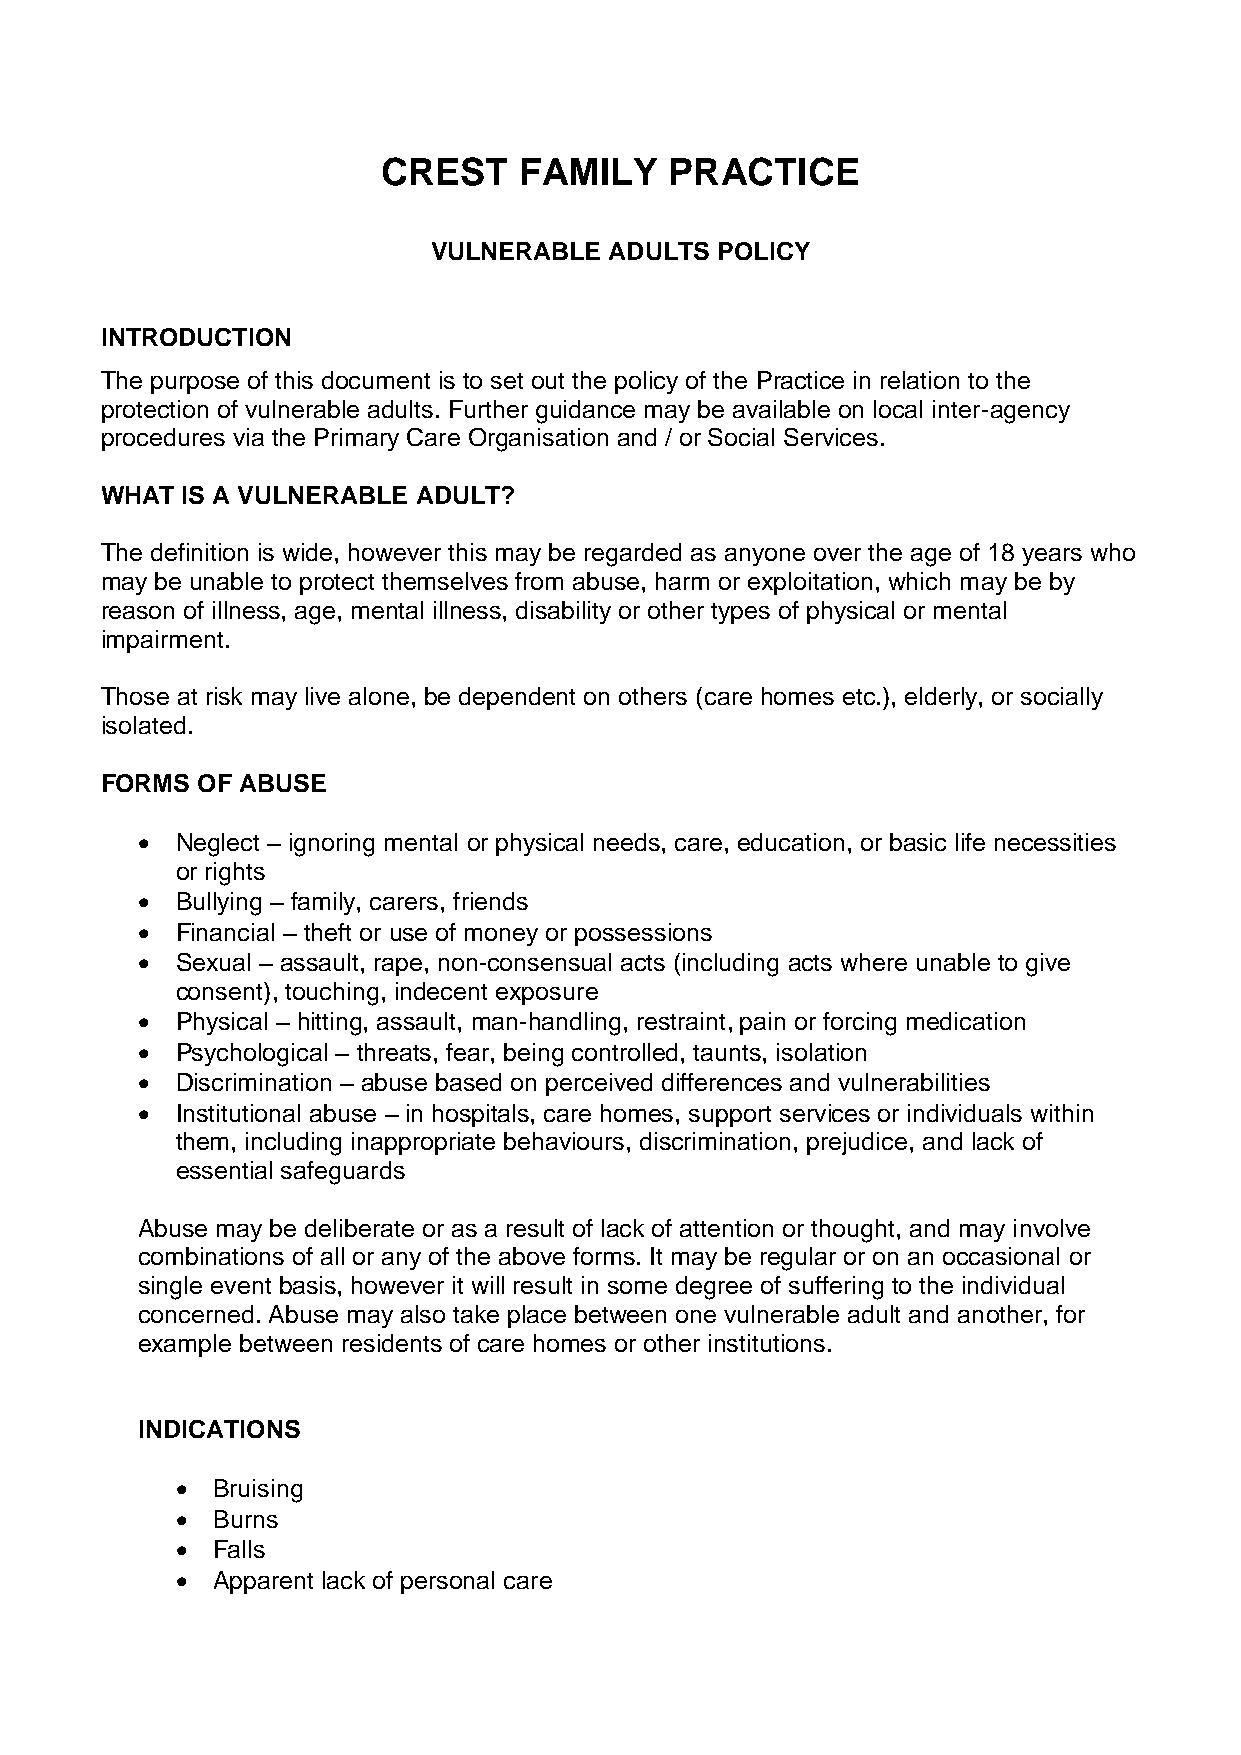
CREST    FAMILY    PRACTICE
 VULNERABLE ADULTS POLICY
 INTRODUCTION
 The purpose of this document is to set out the policy of the Practice in relation to the
 protection of vulnerable adults. Further guidance may be available on local inter-agency
 procedures via the Primary Care Organisation and / or Social Services.
 WHAT IS A VULNERABLE ADULT?
 The definition is wide, however this may be regarded as anyone over the age of 18 years who
 may be unable to protect themselves from abuse, harm or exploitation, which may be by
 reason of illness, age, mental illness, disability or other types of physical or mental
 impairment.
 Those at risk may live alone, be dependent on others (care homes etc.), elderly, or socially
 isolated.
 FORMS OF ABUSE
   Neglect – ignoring mental or physical needs, care, education, or basic life necessities
 or rights
   Bullying – family, carers, friends
   Financial – theft or use of money or possessions
   Sexual – assault, rape, non-consensual acts (including acts where unable to give
 consent), touching, indecent exposure
   Physical – hitting, assault, man-handling, restraint, pain or forcing medication
   Psychological – threats, fear, being controlled, taunts, isolation
   Discrimination – abuse based on perceived differences and vulnerabilities
   Institutional abuse – in hospitals, care homes, support services or individuals within
 them, including inappropriate behaviours, discrimination, prejudice, and lack of
 essential safeguards
 Abuse may be deliberate or as a result of lack of attention or thought, and may involve
 combinations of all or any of the above forms. It may be regular or on an occasional or
 single event basis, however it will result in some degree of suffering to the individual
 concerned. Abuse may also take place between one vulnerable adult and another, for
 example between residents of care homes or other institutions.
 INDICATIONS
  Bruising
  Burns
  Falls
  Apparent lack of personal care